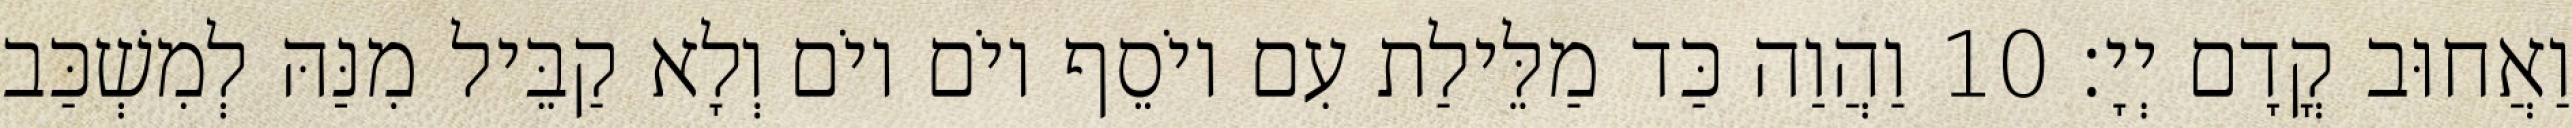
וַאֲחוּב קֳדָם יְיָ׃ 10 וַהֲוַה כַּד מַלֵּילַת עִם יוֹסֵף יוֹם יוֹם וְלָא קַבֵּיל מִנַּהּ לְמִשְׁכַּב